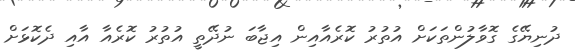
ދުނިޔޭގެ ގޮވާލުންތަކަށް އުތުރު ކޮރެއާއިން އިޖާބަ ނުދޭތީ އުތުރު ކޮރެއާ އާއި ދެކޮޅަށް